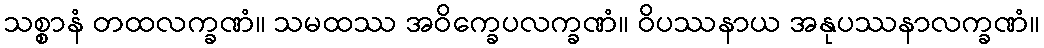
သစ္စာနံ တထလက္ခဏံ။ သမထဿ အဝိက္ခေပလက္ခဏံ။ ဝိပဿနာယ အနုပဿနာလက္ခဏံ။